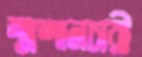
শ্মশানচারী